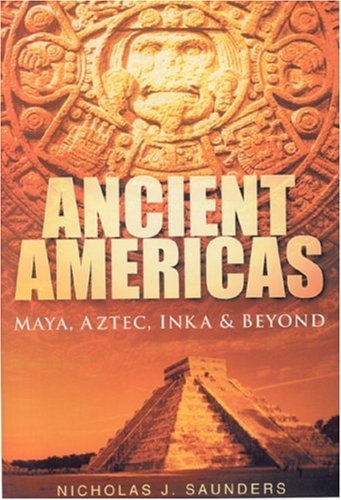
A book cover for Ancient Americas: Maya, Aztec, Inka and Beyond; Nicholas J. Saunders; History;